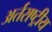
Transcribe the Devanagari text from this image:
अर्तराष्ट्रीय